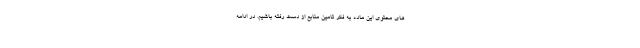
های محتوی این ماده به فکر تامین منابع از دست رفته باشیم. در ادامه